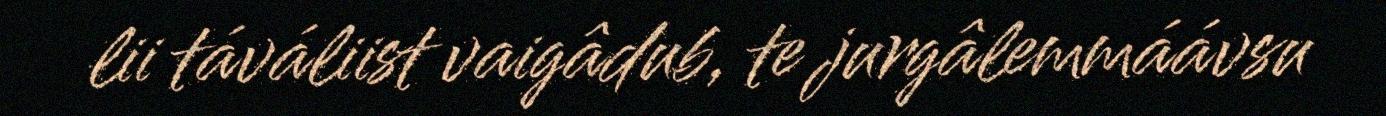
lii táváliist vaigâdub, te jurgâlemmáávsu